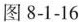
图8-1-16